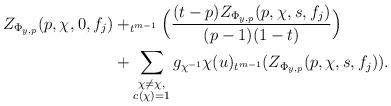
LaTeX: \begin{align*}Z_{\Phi_{y,p}}(p, \chi_{}, 0, f_j) &+ _{t^{m-1}} \Big(\frac{(t-p)Z_{\Phi_{y,p}}(p, \chi_{}, s, f_j)}{(p-1)(1-t)}\Big)\\&+ \sum_{\substack{\chi \neq \chi_{},\\ c(\chi)=1}} g_{\chi^{-1}} \chi(u) _{t^{m-1}}(Z_{\Phi_{y,p}}(p, \chi, s, f_j)).\end{align*}